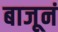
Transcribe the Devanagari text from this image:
बाजूनं